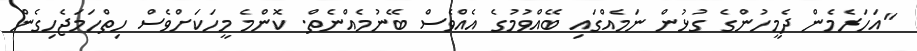
"އަހަރެމެން ދެމީހުންގެ ގުޅުން ނަމެއްގައި ބޭއްވުމުގެ އެއްވެސް ބޭނުމެއްނެތް. ކޮންމެ މީހަކަށްވެސް ހިތްހަމަޖެހިގެން